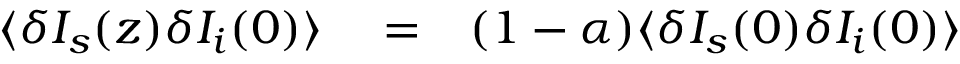
\begin{array} { r l r } { \langle \delta I _ { s } ( z ) \delta I _ { i } ( 0 ) \rangle } & { { } = } & { ( 1 - \alpha ) \langle \delta I _ { s } ( 0 ) \delta I _ { i } ( 0 ) \rangle } \end{array}